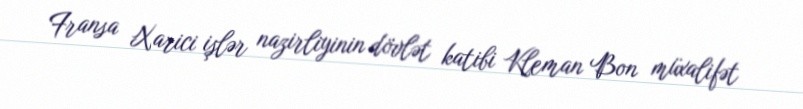
Fransa Xarici işlər nazirliyinin dövlət katibi Kleman Bon müxalifət